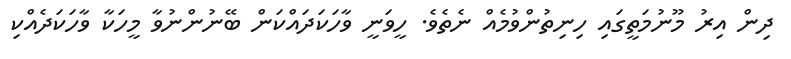
ދިން އިރު މޫނުމަތީގައި ހިނިތުންވުމެއް ނެތެވެ. ހީވަނީ ވާހަކަދައްކަން ބޭނުންނުވާ މީހަކާ ވާހަކަދެއްކި